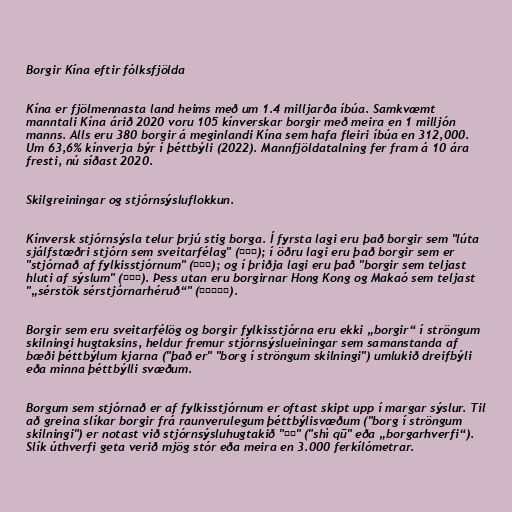
Borgir Kína eftir fólksfjölda

Kína er fjölmennasta land heims með um 1.4 milljarða íbúa. Samkvæmt
manntali Kína árið 2020 voru 105 kínverskar borgir með meira en 1 milljón
manns. Alls eru 380 borgir á meginlandi Kína sem hafa fleiri íbúa en 312,000.
Um 63,6% kínverja býr í þéttbýli (2022). Mannfjöldatalning fer fram á 10 ára
fresti, nú síðast 2020.

Skilgreiningar og stjórnsýsluflokkun.

Kínversk stjórnsýsla telur þrjú stig borga. Í fyrsta lagi eru það borgir sem "lúta
sjálfstæðri stjórn sem sveitarfélag" (直辖市); í öðru lagi eru það borgir sem er
"stjórnað af fylkisstjórnum" (县级市); og í þriðja lagi eru það "borgir sem teljast
hluti af sýslum" (县级市). Þess utan eru borgirnar Hong Kong og Makaó sem teljast
"„sérstök sérstjórnarhéruð“" (特别行政区).

Borgir sem eru sveitarfélög og borgir fylkisstjórna eru ekki „borgir“ í ströngum
skilningi hugtaksins, heldur fremur stjórnsýslueiningar sem samanstanda af
bæði þéttbýlum kjarna ("það er" "borg í ströngum skilningi") umlukið dreifbýli
eða minna þéttbýlli svæðum.

Borgum sem stjórnað er af fylkisstjórnum er oftast skipt upp í margar sýslur. Til
að greina slíkar borgir frá raunverulegum þéttbýlisvæðum ("borg í ströngum
skilningi") er notast við stjórnsýsluhugtakið "市区" ("shì qū" eða „borgarhverfi“).
Slík úthverfi geta verið mjög stór eða meira en 3.000 ferkílómetrar.